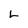
Character: L